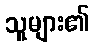
သူများ၏